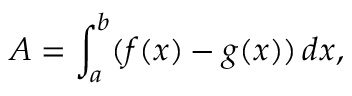
A = \int _ { a } ^ { b } ( f ( x ) - g ( x ) ) \, d x ,